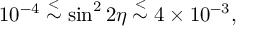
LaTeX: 1 0 ^ { - 4 } \stackrel { < } { \sim } \sin ^ { 2 } 2 \eta \stackrel { < } { \sim } 4 \times 1 0 ^ { - 3 } ,